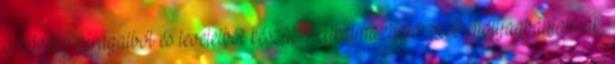
a növény virágaiból és leveleiből készül. Alkalmazható: vese- hólyagbántalmak,